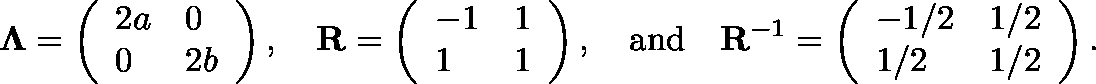
\mathbf { \Lambda } = \left( \begin{array} { l l } { 2 a } & { 0 } \\ { 0 } & { 2 b } \end{array} \right) , \quad \mathbf { R } = \left( \begin{array} { l l } { - 1 } & { 1 } \\ { 1 } & { 1 } \end{array} \right) , \quad \mathrm { a n d } \quad \mathbf { R } ^ { - 1 } = \left( \begin{array} { l l } { - 1 / 2 } & { 1 / 2 } \\ { 1 / 2 } & { 1 / 2 } \end{array} \right) .